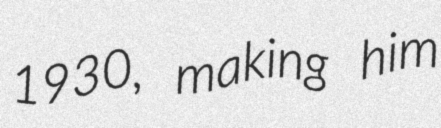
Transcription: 1930, making him